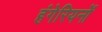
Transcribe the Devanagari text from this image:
हंगेरियनों